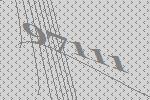
97111